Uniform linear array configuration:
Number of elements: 4
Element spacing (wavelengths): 1
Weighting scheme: hamming
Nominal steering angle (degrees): -30
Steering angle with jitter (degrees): -28.844
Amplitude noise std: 0.05
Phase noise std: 0.05

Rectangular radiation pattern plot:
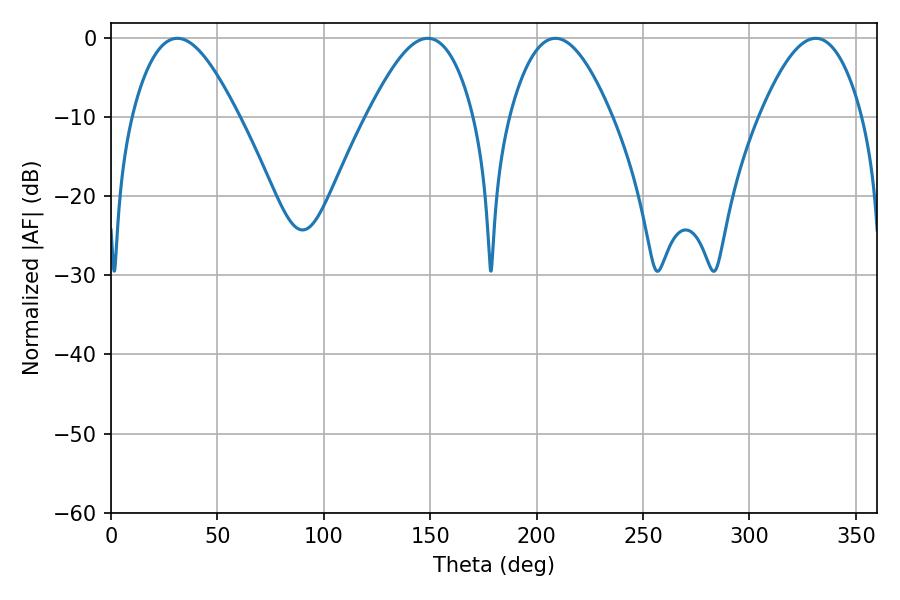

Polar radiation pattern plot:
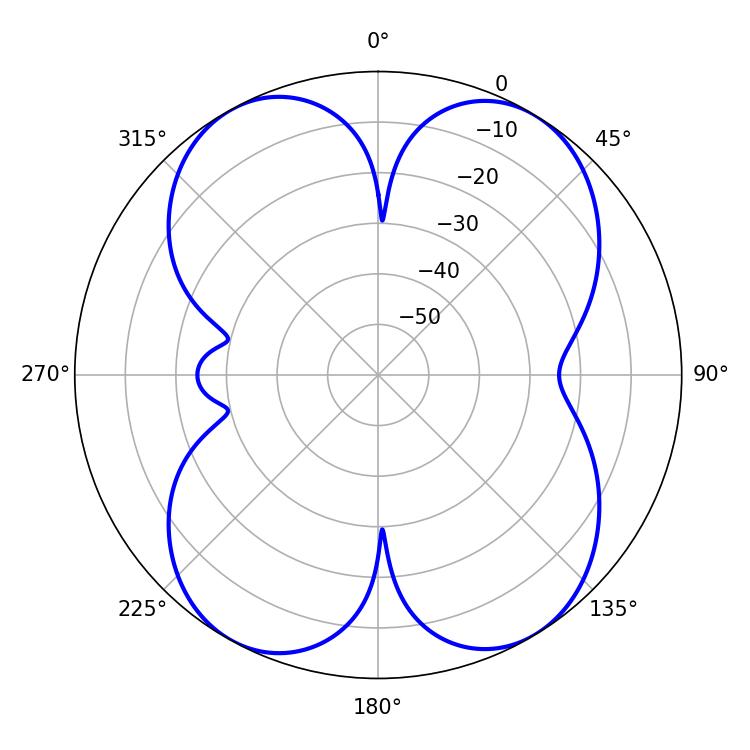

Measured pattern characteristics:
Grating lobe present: TRUE
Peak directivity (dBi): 14.755
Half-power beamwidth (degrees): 26.1
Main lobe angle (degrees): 208.8